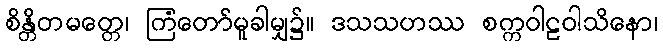
စိန္တိတမတ္တေ၊ ကြံတော်မူခါမျှ၌။ ဒသသဟဿ စက္ကဝါဠဝါသိနော၊